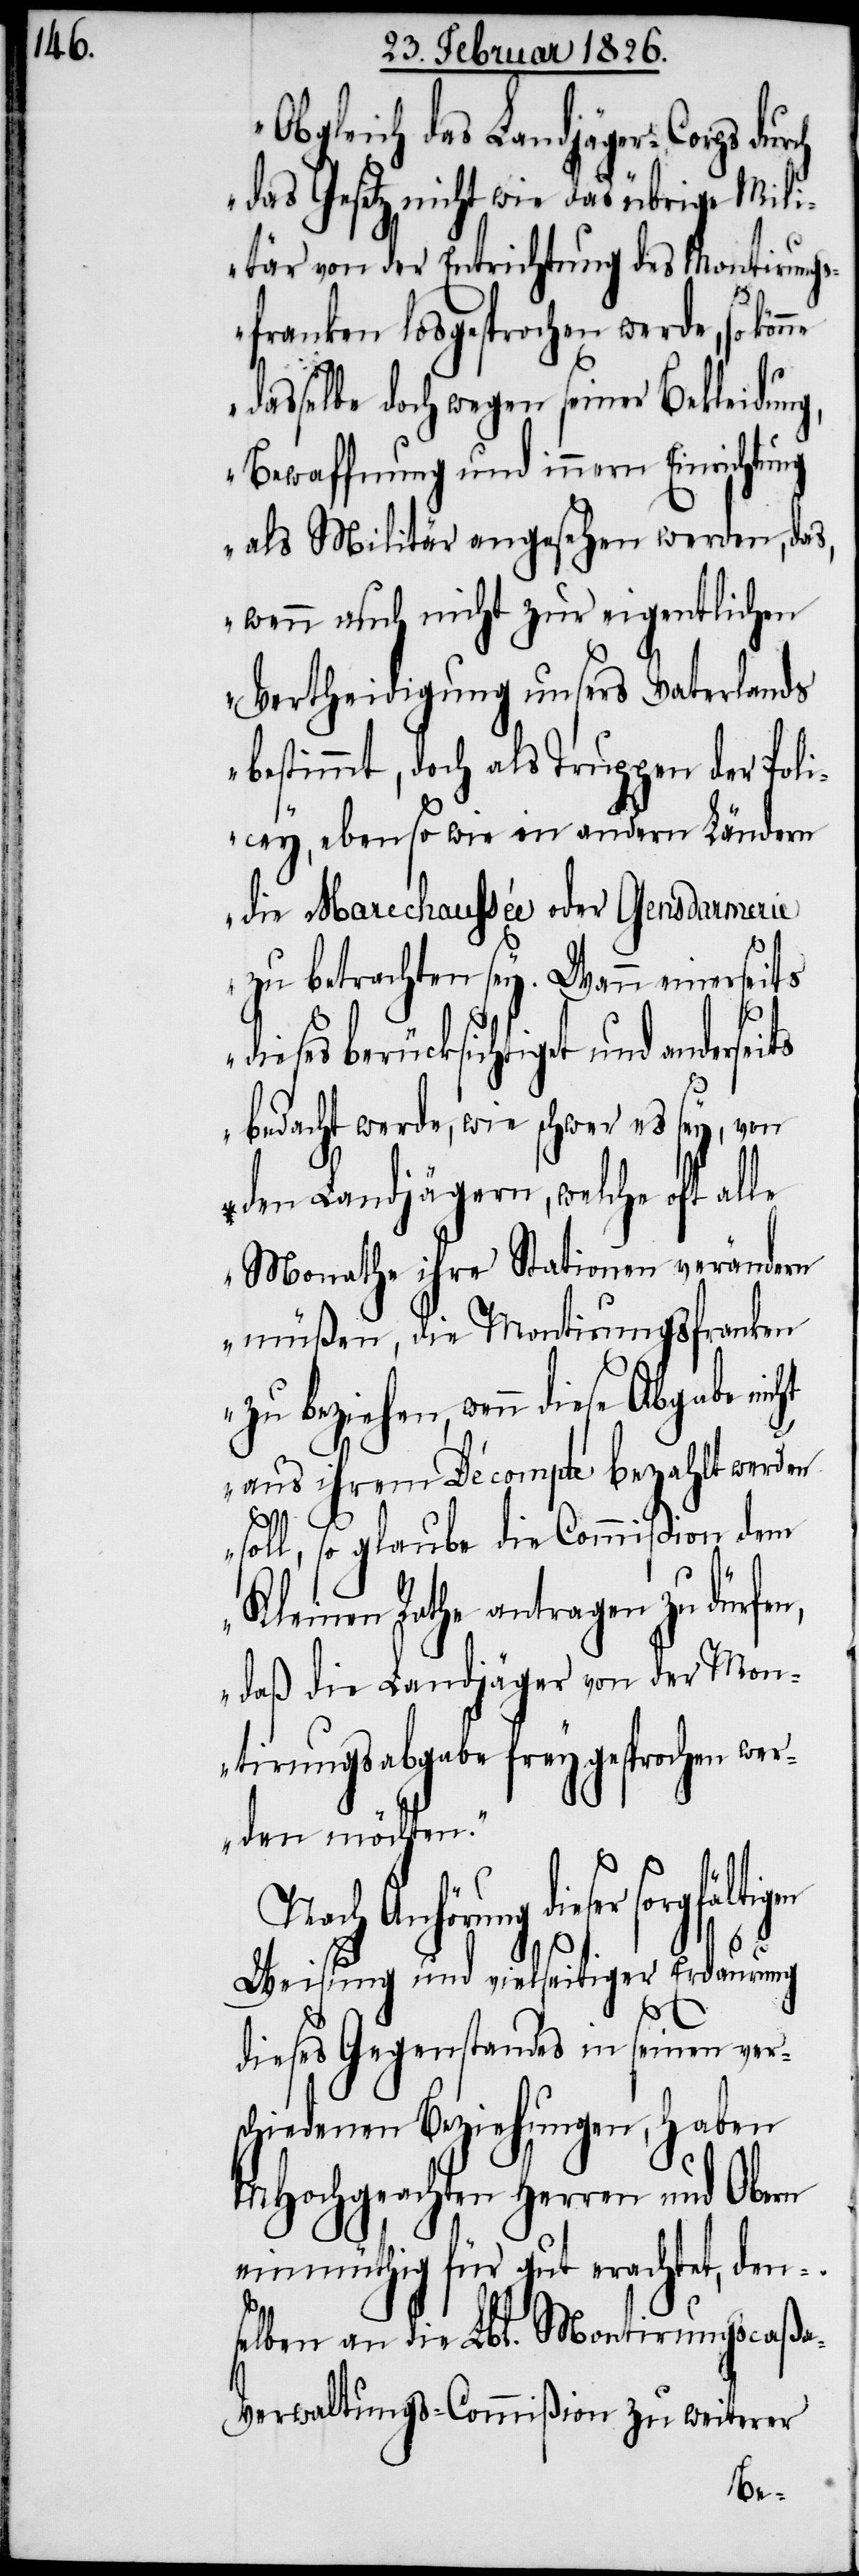
„Obgleich das Landjäger-Corps dur¬
das Gesetz nicht wie das übrige Mili¬
tär von der Entrichtung des Montirungs¬
ch
franken losgesprochen werde, so
dasselbe doch wegen seiner Bekleidung,
Bewaffnung und innern Einrichtung
als Militär angesehen werden, das,
wenn auch nicht zur eigentlichen
Vertheidigung unsers Vaterlands
bestimmt, doch als Truppen der Poli¬
cey, ebenso wie in andern Ländern
die Marechaussée oder Gensdarmerie
zu betrachten sey. Wenn einerseits
ieses berücksichtiget und ander¬
bedacht werde, wie schwer es sey, von
den Landjägern, welche oft alle
Monathe ihre Stationen verändern
müßen, die Montirungsfranken
zu beziehen, wenn diese Abgabe
aus ihrem Décompte bezahlt werden
seits
soll, so glaube die Commißion dem
Kleinen Rath antragen zu dürfen,
daß die Landjäger von der Mon¬
tirungsabgabe freygesprochen wer¬
den möchten.“
Nach Anhörung dieser
d¬
Weisung und vielseitiger Erdaurung
dieses Gegenstandes in seinen ver¬
schiedenen Beziehungen, haben
MHochgeachten Herren und Obern
einmüthig für gut erachtet, den¬
selben an die Lbl. Montirungscaßa-V¬
erwaltungs-Commißion zu weiterer